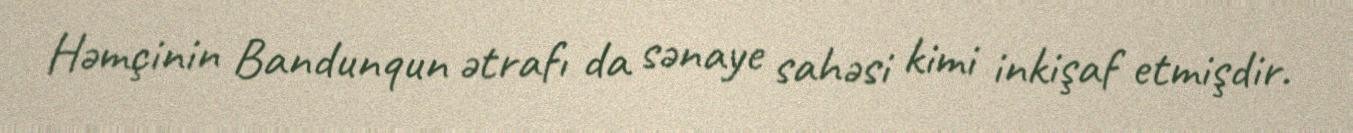
Həmçinin Bandunqun ətrafı da sənaye sahəsi kimi inkişaf etmişdir.